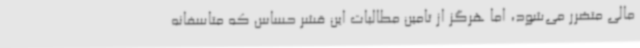
مالی متضرر می‌شود، اما هرگز از تامین مطالبات این قشر حساس که متاسفانه